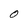
Character: O